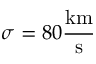
\sigma = 8 0 \frac { \mathrm { k m } } { \mathrm { s } }